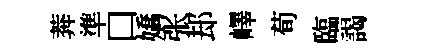
莾準口嬌张𨚫嶧荀臨謁